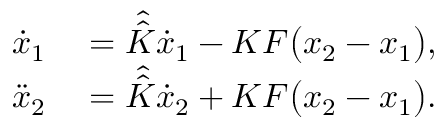
\begin{array} { r l } { \dot { x } _ { 1 } } & { { } = \hat { \hat { K } } \dot { x } _ { 1 } - K F \big ( { x } _ { 2 } - { x } _ { 1 } \big ) , } \\ { \ddot { x } _ { 2 } } & { { } = \hat { \hat { K } } \dot { x } _ { 2 } + K F \big ( { x } _ { 2 } - { x } _ { 1 } \big ) . } \end{array}